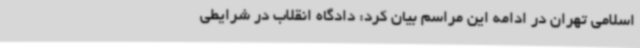
اسلامی تهران در ادامه این مراسم بیان کرد: دادگاه انقلاب در شرایطی